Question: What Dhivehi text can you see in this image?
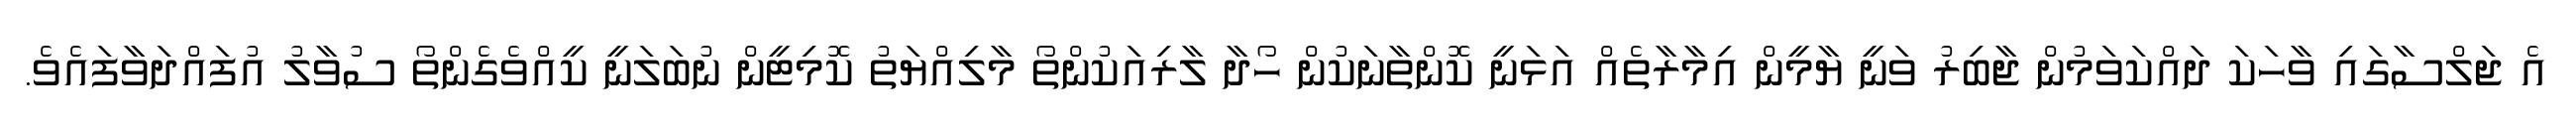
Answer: އެ ޖަލްސާގައި ވާހަކަ ދައްކަވަމުން ޖާބިރު ވަނީ ޔާމީން އިމާރާތެއް އަޅަނީ ކޮންތާނަކުން ހޯދާ ލާރިއަކުންތޯ މާލިއްޔަތު ކޮމިޓީން ނުބަލަނީ ކީއްވެގެންތޯ ސުވާލު އުފައްދަވާފައެވެ.